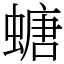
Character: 螗